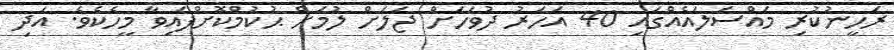
ރަހީނުކުރި މައްސަލައެއްގައި 40 އަހަރު ދުވަހަށް ޖަލަށް ލުމަށް ޙުކުމްކޮށްފައިވާ މީހެކެވެ. އަދި